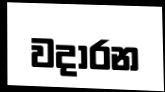
වදාරන